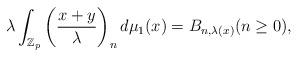
LaTeX: \begin{align*}\lambda \int_{\mathbb{Z}_p} \left( \frac{x+y}{\lambda} \right)_n d\mu_{1} (x) = B_{n,\lambda (x)}(n \geq 0),\end{align*}